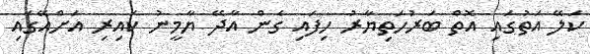
ކަލޭ އަތުގައި އޮތް ބަރުހަތިޔާރު ހިފައި ގެން އާދޭ ޔާމީނު ކައިރި އަށްއޭގައި